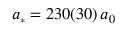
a _ { \scriptscriptstyle * } = 2 3 0 ( 3 0 ) \, a _ { 0 }